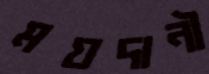
ময়দানী